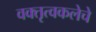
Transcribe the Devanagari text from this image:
वक्तृत्वकलेचे